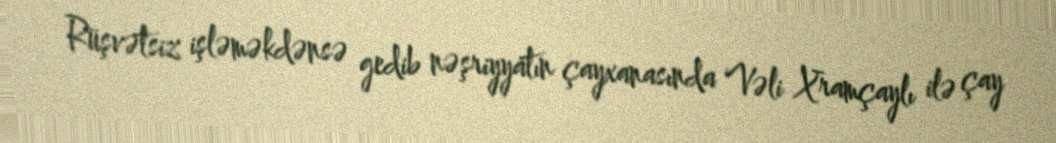
Rüşvətsiz işləməkdənsə gedib nəşriyyatın çayxanasında Vəli Xramçaylı ilə çay